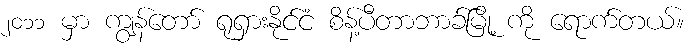
၂၀၁၁ မှာ ကျွန်တော် ရုရှားနိုင်ငံ စိန့်ပီတာဘာခ်မြို့ ကို ရောက်တယ်။